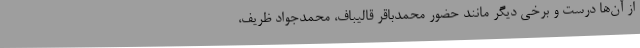
از آن‌ها درست و برخی دیگر مانند حضور محمدباقر قالیباف، محمدجواد ظریف،